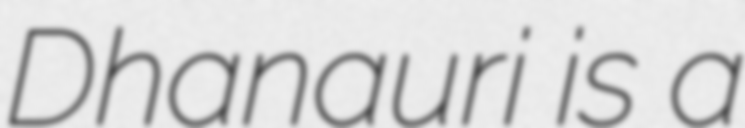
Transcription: Dhanauri is a